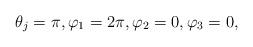
LaTeX: \begin{gather*} \theta_{j} = \pi , \varphi_1 = 2\pi,\varphi_2 = 0,\varphi_3 = 0,\end{gather*}